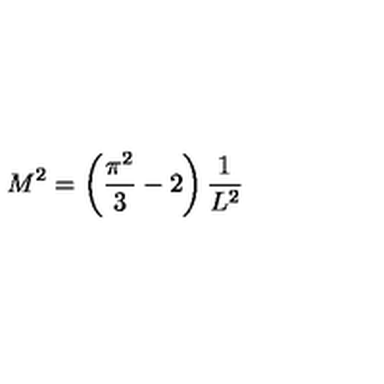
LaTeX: M ^ { 2 } = \left( \frac { \pi ^ { 2 } } { 3 } - 2 \right) \frac { 1 } { L ^ { 2 } }